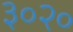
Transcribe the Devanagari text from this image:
३०२०